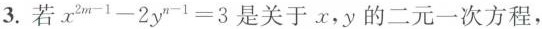
3.若$$x^{2m-1} - 2y^{n-1} = 3$$是关于x,y的二元一次方程，